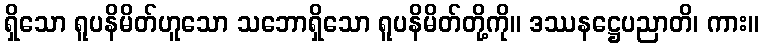
ရှိသော ရူပနိမိတ်ဟူသော သဘောရှိသော ရူပနိမိတ်တို့ကို။ ဒဿနဋ္ဌေပညာတိ၊ ကား။